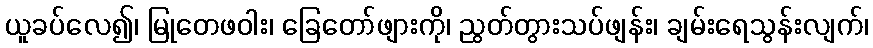
ယူခပ်လေ၍၊ မြုတေဖဝါး၊ ခြေတော်ဖျားကို၊ ညွတ်တွားသပ်ဖျန်း၊ ချမ်းရေသွန်းလျက်၊